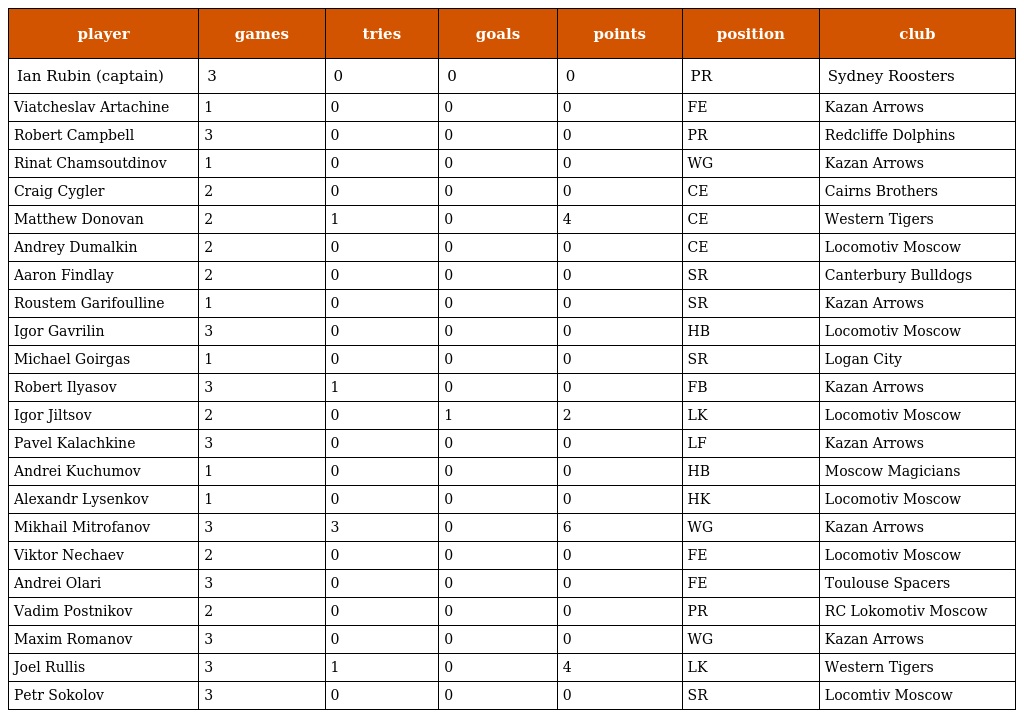
| player | games | tries | goals | points | position | club |
 | --- | --- | --- | --- | --- | --- | --- |
 | Ian Rubin (captain) | 3 | 0 | 0 | 0 | PR | Sydney Roosters |
 | Viatcheslav Artachine | 1 | 0 | 0 | 0 | FE | Kazan Arrows |
 | Robert Campbell | 3 | 0 | 0 | 0 | PR | Redcliffe Dolphins |
 | Rinat Chamsoutdinov | 1 | 0 | 0 | 0 | WG | Kazan Arrows |
 | Craig Cygler | 2 | 0 | 0 | 0 | CE | Cairns Brothers |
 | Matthew Donovan | 2 | 1 | 0 | 4 | CE | Western Tigers |
 | Andrey Dumalkin | 2 | 0 | 0 | 0 | CE | Locomotiv Moscow |
 | Aaron Findlay | 2 | 0 | 0 | 0 | SR | Canterbury Bulldogs |
 | Roustem Garifoulline | 1 | 0 | 0 | 0 | SR | Kazan Arrows |
 | Igor Gavrilin | 3 | 0 | 0 | 0 | HB | Locomotiv Moscow |
 | Michael Goirgas | 1 | 0 | 0 | 0 | SR | Logan City |
 | Robert Ilyasov | 3 | 1 | 0 | 0 | FB | Kazan Arrows |
 | Igor Jiltsov | 2 | 0 | 1 | 2 | LK | Locomotiv Moscow |
 | Pavel Kalachkine | 3 | 0 | 0 | 0 | LF | Kazan Arrows |
 | Andrei Kuchumov | 1 | 0 | 0 | 0 | HB | Moscow Magicians |
 | Alexandr Lysenkov | 1 | 0 | 0 | 0 | HK | Locomotiv Moscow |
 | Mikhail Mitrofanov | 3 | 3 | 0 | 6 | WG | Kazan Arrows |
 | Viktor Nechaev | 2 | 0 | 0 | 0 | FE | Locomotiv Moscow |
 | Andrei Olari | 3 | 0 | 0 | 0 | FE | Toulouse Spacers |
 | Vadim Postnikov | 2 | 0 | 0 | 0 | PR | RC Lokomotiv Moscow |
 | Maxim Romanov | 3 | 0 | 0 | 0 | WG | Kazan Arrows |
 | Joel Rullis | 3 | 1 | 0 | 4 | LK | Western Tigers |
 | Petr Sokolov | 3 | 0 | 0 | 0 | SR | Locomtiv Moscow |